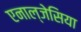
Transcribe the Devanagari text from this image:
एनाल्जेसिया